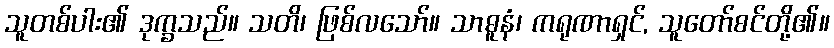
သူတစ်ပါး၏ ဒုက္ခသည်။ သတိ၊ ဖြစ်လသော်။ သာဓူနံ၊ ကရုဏာရှင်, သူတော်စင်တို့၏။